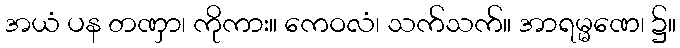
အယံ ပန တဏှာ၊ ကိုကား။ ကေဝလံ၊ သက်သက်။ အာရမ္မဏေ၊ ၌။